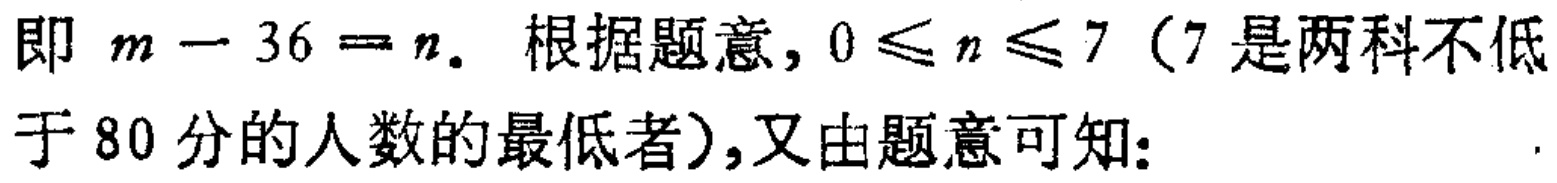
即 \(m - 36 = n\). 根据题意, \(0 \leq n \leq 7\)（7 是两科不低于 80 分的人数的最低者）,又由题意可知: